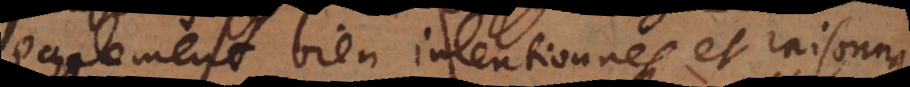
egalement bien intentionnés et raisonna